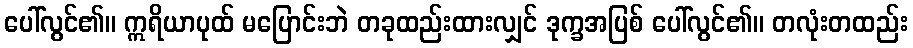
ပေါ်လွင်၏။ ဣရိယာပုထ် မပြောင်းဘဲ တခုထည်းထားလျှင် ဒုက္ခအပြစ် ပေါ်လွင်၏။ တလုံးတထည်း